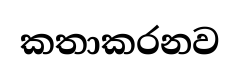
කතාකරනව